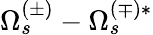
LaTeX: \Omega_{s}^{(\pm)}-\Omega_{s}^{(\mp)*}